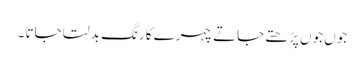
جوں جوں پڑھتے جاتے چہرے کا رنگ بدلتا جاتا ۔